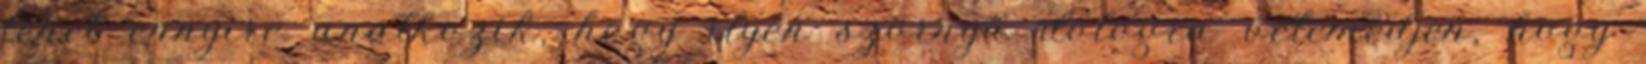
lehet ennyire unatkozik, hogy ilyen szörnyű dologra vetemedjen, hogy